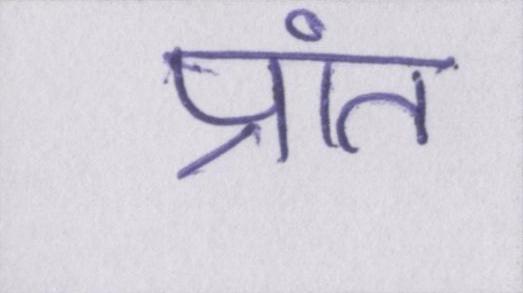
प्रांत